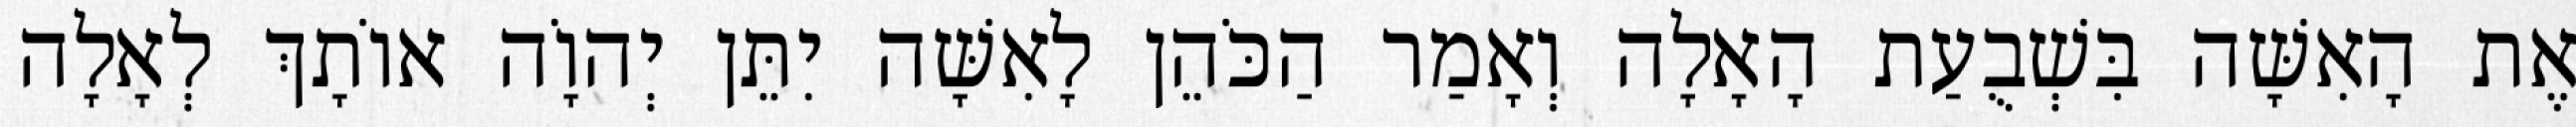
אֶת הָאִשָּׁה בִּשְׁבֻעַת הָאָלָה וְאָמַר הַכֹּהֵן לָאִשָּׁה יִתֵּן יְהוָֹה אוֹתָךְ לְאָלָה